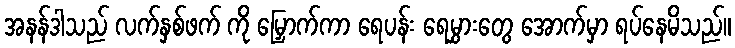
အနန်ဒါသည် လက်နှစ်ဖက် ကို မြှောက်ကာ ရေပန်း ရေမွှားတွေ အောက်မှာ ရပ်နေမိသည်။